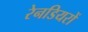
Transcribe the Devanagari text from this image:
रेनडियरों